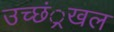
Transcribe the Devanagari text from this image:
उच्छं्रखल